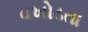
વખોડતા